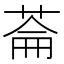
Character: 菕